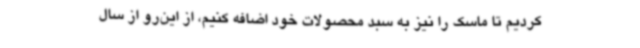
کردیم تا ماسک را نیز به سبد محصولات خود اضافه کنیم، از این‌رو از سال